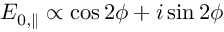
E _ { 0 , \parallel } \propto \cos 2 \phi + i \sin 2 \phi